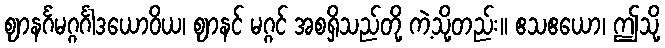
ဈာနင်္ဂမဂ္ဂင်္ဂါဒယောဝိယ၊ ဈာနင် မဂ္ဂင် အစရှိသည်တို့ ကဲ့သို့တည်း။ ဧသဧယော၊ ဤသို့